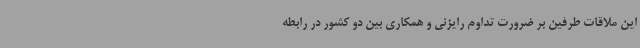
این ملاقات طرفین بر ضرورت تداوم رایزنی و همکاری بین دو کشور در رابطه